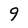
Character: 9